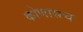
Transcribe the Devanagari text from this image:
कोणासच